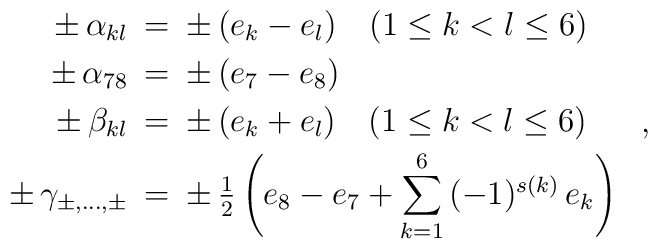
\begin{array}{rcl}         \pm \, \alpha_{kl} \!\!&=&\!\! \pm \, (e_k - e_l) \quad         (1 \leq k < l \leq 6)                                          \\[1mm]         \pm \, \alpha_{78} \!\!&=&\!\! \pm \, (e_7 - e_8)              \\[1mm]         \pm \,  \beta_{kl} \!\!&=&\!\! \pm \, (e_k + e_l) \quad         (1 \leq k < l \leq 6)                                          \\[1mm]         \pm \, \gamma_{\pm,\dots,\pm} \!\!&=&\!\! \pm \, {1 \over 2}         \left( e_8 - e_7 + {\displaystyle {\sum_{k=1}^6}} \,                (-1)^{s(k)} \, e_k \right)        \end{array}~,